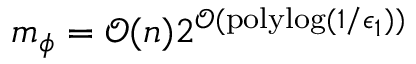
m _ { \phi } = \mathcal { O } ( n ) 2 ^ { \mathcal { O } ( \mathrm { p o l y l o g } ( 1 / \epsilon _ { 1 } ) ) }